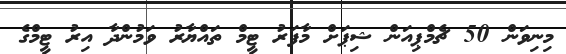
މިނިވަން 50 ޗެމްޕިއަން ޝިޕަށް މާފަރު ޓީމް ތައްޔާރު ވަމުންދާ އިރު ޓީމްގެ